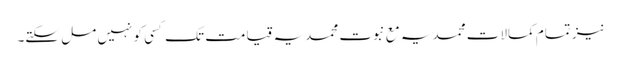
نیز تمام کمالات محمدیہ مع نبوت محمدیہ قیامت تک کسی کو نہیں مل سکتے۔